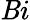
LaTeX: \mathit{B}i